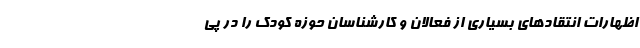
اظهارات انتقادهای بسیاری از فعالان و کارشناسان حوزه کودک را در پی